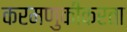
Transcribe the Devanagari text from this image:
करमणुकीकरता